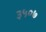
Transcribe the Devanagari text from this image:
३५०७